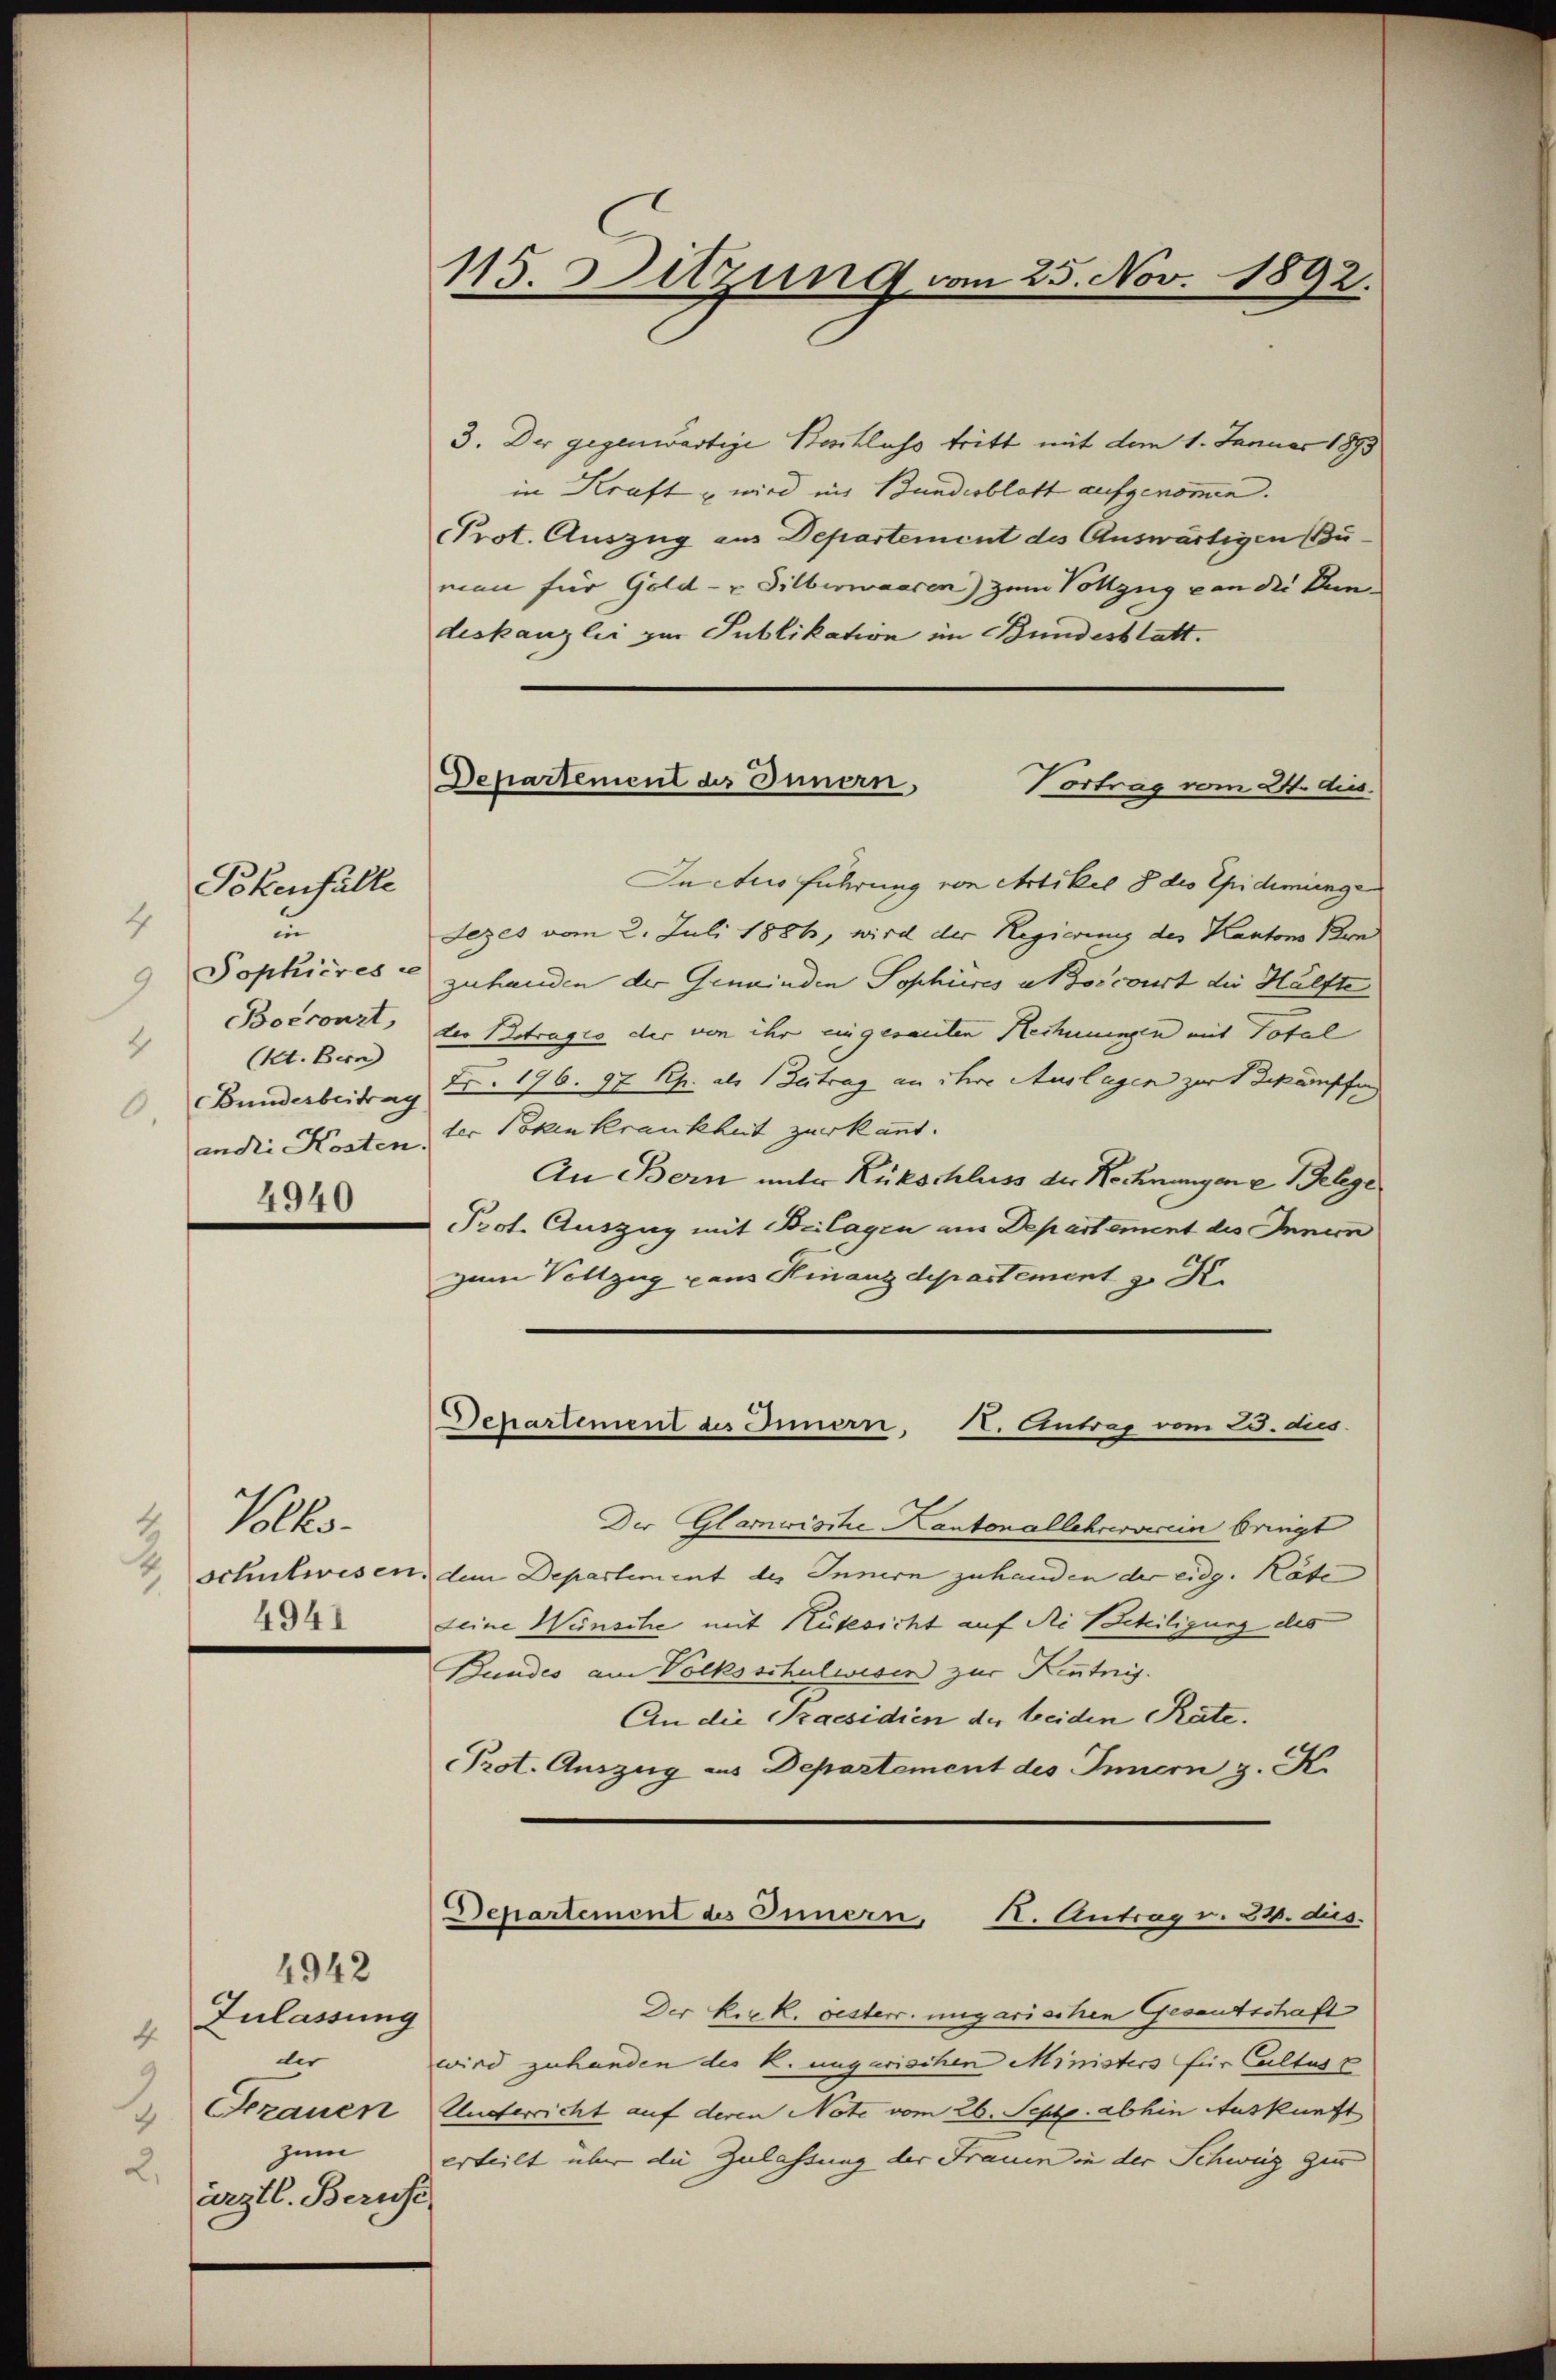
4
u
9 Popkières.
Bocronzt,
4
(Kt. Bern
Bunderbeitrag
6.
ander Kosten
4940

Pekenfälle

Volks-
schulwesen
4941

4942
Zulassung
4
der
zauen
zum
2.
ärztl. Berufe

115. Sitzung vom 25. Nov. 1892.

Departement des Innern,
Vortrag vom 24. dies

3. Der gegenwärtige Beschluss tritt mit dem 1. Januar 1893
in Kraft & wird ins Bundesblatt aufgenommen.
Prot. Auszug aus Departement des Auswärtigen Buman für Gold- & Silberwaaren) zum Vollzug von die Dundeskanzlei zur Publikation im Bundesblatt.
In Aus Führung von Artikel 8 des Epidmungen
Lezes vom 2. Juli 1886, wird der Regierung des Kantons Bun
zuhanden der Gemeinden Sophieres Morcourt die Hälfte
der Betragio der von ihr eingesanten Rechnungen mit Total
Fr. 196. 97 Chr. als Beitrag an ihre Auslagen zur Bekämpfen
der Poken krankheit zuerkannt.
An Bern unter Rückschluss der Rechnungen u Belege
Prot. Auszug mit Beilagen an Departement des Innern
zum Vollzug pans Finanzdepartement z. K.
Departement des Innern. N. Eintrag vom 25. dies
Der Glawische Kantonallehrerverein bringt
dem Departement des Innern zuhanden der eidg. Räte
Leine Wünsche mit Russicht auf die Steiligung des
Bundes am Volksschulwesen zur Kenntnis.
An die Praesidien der beiden Räte.
PProt. Auszug aus Departement des Innern z. Kr

Departement des Innern, K. Antrag v. 24. dus.

Der k. k. oesterr. ungarischen Gesantschaft
wird zuhanden des k. ungarischen Ministers für Cultus
Underricht auf deren Note vom 26. Sept. abhin Auskunft
erteilt über die Zulassung der Frauen in der Schweiz zur